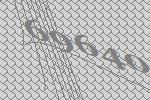
69640